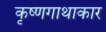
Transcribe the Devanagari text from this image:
कृष्णगाथाकार